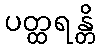
ပတ္ထရန္တိ